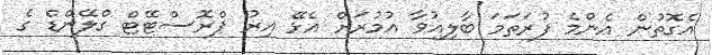
އެގޮތުން އެންމެ ފުރަތަމަ ބާލިޣުވާ އުމުރަށް އެޅޭ އިރު ޕްރޮސްޓޭޓް ގްލޭންޑް ގެ